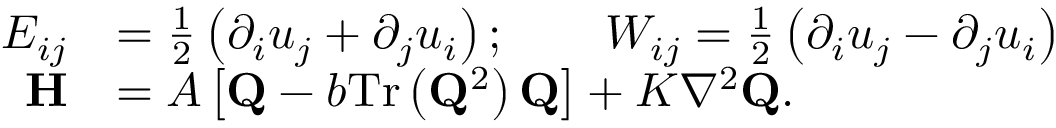
\begin{array} { r l } { E _ { i j } } & { = \frac { 1 } { 2 } \left( \partial _ { i } u _ { j } + \partial _ { j } u _ { i } \right) ; \qquad W _ { i j } = \frac { 1 } { 2 } \left( \partial _ { i } u _ { j } - \partial _ { j } u _ { i } \right) } \\ { \mathbf { H } } & { = A \left[ \mathbf { Q } \mathbin { - } b \mathrm { T r } \left( \mathbf { Q } ^ { 2 } \right) \mathbf { Q } \right] \mathbin { + } K \nabla ^ { 2 } \mathbf { Q } . } \end{array}